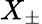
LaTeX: X_{\pm}